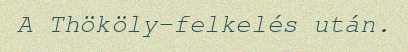
A Thököly-felkelés után.